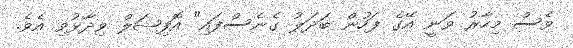
ވެސް މިހާރު ވަނީ އޭގެ ފަހުން ބަދަލު ގެނެސްފައި" އޮފިޝަލް ވިދާޅުވި އެވެ.